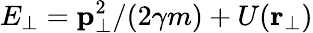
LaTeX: E_{\perp}={\mathbf p}_{\perp}^{2}/(2\gamma m)+U({\mathbf r}_{\perp})